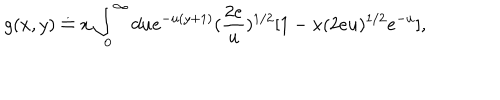
g ( x , y ) \doteq x \int _ { 0 } ^ { \infty } d u e ^ { - u ( y + 1 ) } ( \frac { 2 e } { u } ) ^ { 1 / 2 } [ 1 - x ( 2 e u ) ^ { 1 / 2 } e ^ { - u } ] ,